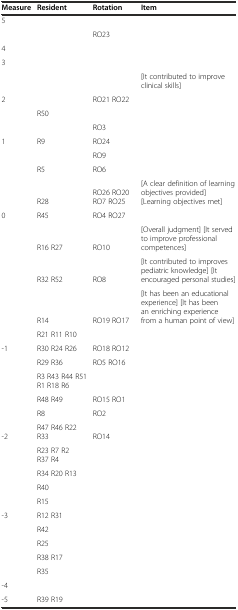
<table><thead><tr><td><b>Measure</b></td><td><b>Resident</b></td><td><b>Rotation</b></td><td><b>Item</b></td></tr></thead><tbody><tr><td>5</td><td></td><td></td><td></td></tr><tr><td></td><td></td><td>RO23</td><td></td></tr><tr><td>4</td><td></td><td></td><td></td></tr><tr><td>3</td><td></td><td></td><td></td></tr><tr><td></td><td></td><td></td><td>[It contributed to improve clinical skills]</td></tr><tr><td>2</td><td></td><td>RO21 RO22</td><td></td></tr><tr><td></td><td>R50</td><td></td><td></td></tr><tr><td></td><td></td><td>RO3</td><td></td></tr><tr><td>1</td><td>R9</td><td>RO24</td><td></td></tr><tr><td></td><td></td><td>RO9</td><td></td></tr><tr><td></td><td>R5</td><td>RO6</td><td></td></tr><tr><td></td><td>R28</td><td>RO26 RO20 RO7 RO25</td><td>[A clear definition of learning objectives provided] [Learning objectives met]</td></tr><tr><td>0</td><td>R45</td><td>RO4 RO27</td><td></td></tr><tr><td></td><td>R16 R27</td><td>RO10</td><td>[Overall judgment] [It served to improve professional competences]</td></tr><tr><td></td><td>R32 R52</td><td>RO8</td><td>[It contributed to improves pediatric knowledge] [It encouraged personal studies]</td></tr><tr><td></td><td>R14</td><td>RO19 RO17</td><td>[It has been an educational experience] [It has been an enriching experience from a human point of view]</td></tr><tr><td></td><td>R21 R11 R10</td><td></td><td></td></tr><tr><td>-1</td><td>R30 R24 R26</td><td>RO18 RO12</td><td></td></tr><tr><td></td><td>R29 R36</td><td>RO5 RO16</td><td></td></tr><tr><td></td><td>R3 R43 R44 R51 R1 R18 R6</td><td></td><td></td></tr><tr><td></td><td>R48 R49</td><td>RO15 RO1</td><td></td></tr><tr><td></td><td>R8</td><td>RO2</td><td></td></tr><tr><td>-2</td><td>R47 R46 R22 R33</td><td>RO14</td><td></td></tr><tr><td></td><td>R23 R7 R2 R37 R4</td><td></td><td></td></tr><tr><td></td><td>R34 R20 R13</td><td></td><td></td></tr><tr><td></td><td>R40</td><td></td><td></td></tr><tr><td></td><td>R15</td><td></td><td></td></tr><tr><td>-3</td><td>R12 R31</td><td></td><td></td></tr><tr><td></td><td>R42</td><td></td><td></td></tr><tr><td></td><td>R25</td><td></td><td></td></tr><tr><td></td><td>R38 R17</td><td></td><td></td></tr><tr><td></td><td>R35</td><td></td><td></td></tr><tr><td>-4</td><td></td><td></td><td></td></tr><tr><td>-5</td><td>R39 R19</td><td></td><td></td></tr></tbody></table>